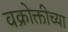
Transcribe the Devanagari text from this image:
वक्रोक्तीच्या